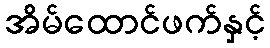
အိမ်ထောင်ဖက်နှင့်